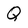
Character: Q